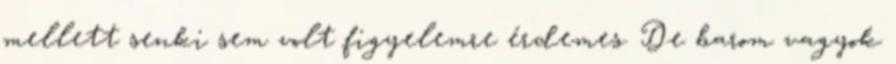
mellett senki sem volt figyelemre érdemes. De barom vagyok